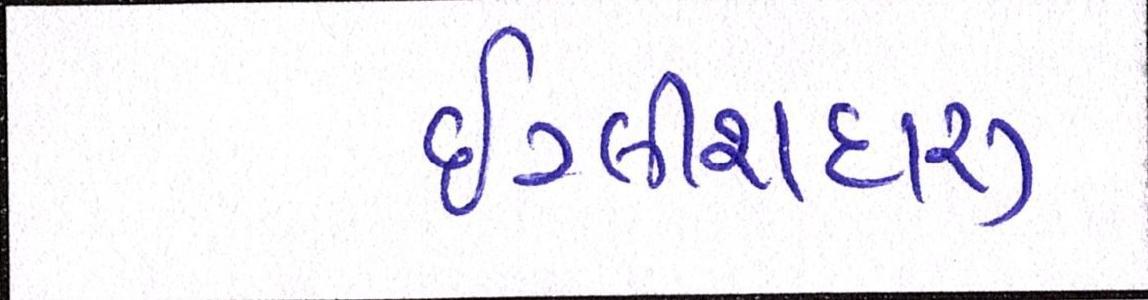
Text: ઇંગ્લીશદારૂ